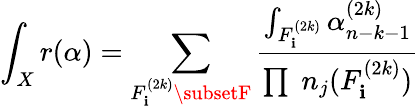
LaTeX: \int_{X}r(\alpha)=\sum_{F_{\mathbf{i}}^{(2k)}\subsetF}\frac{{\int_{F_{\mathbf{i}}^{(2k)}}\alpha_{n-k-1}^{(2k)}}}{{\prod\; n_{j}(F_{\mathbf{i}}^{(2k)})}}